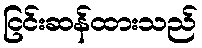
ငြင်းဆန်ထားသည်